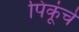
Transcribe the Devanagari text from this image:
पिकूंचे